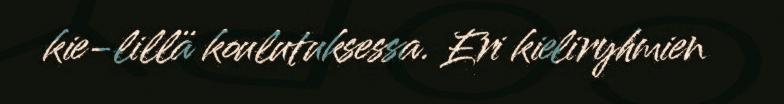
kie-lillä koulutuksessa. Eri kieliryhmien